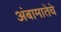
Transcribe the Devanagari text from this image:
अंबामातेचे